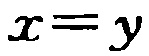
\(x = y\)